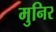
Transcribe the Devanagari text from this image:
मुनिर